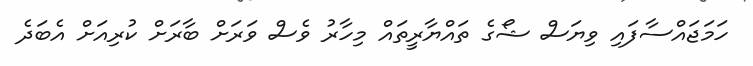
ހަމަޖައްސާފައި ވިޔަސް ޝޯގެ ތައްޔާރީތައް މިހާރު ވެސް ވަރަށް ބާރަށް ކުރިއަށް އެބަދެ